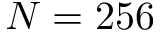
N = 2 5 6